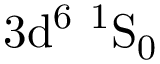
\mathrm { 3 d ^ { 6 } \ ^ { 1 } S _ { 0 } }